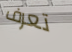
تعرف